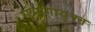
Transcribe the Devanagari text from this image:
संभागायुक्त